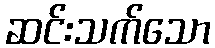
ဆင်းသက်သော